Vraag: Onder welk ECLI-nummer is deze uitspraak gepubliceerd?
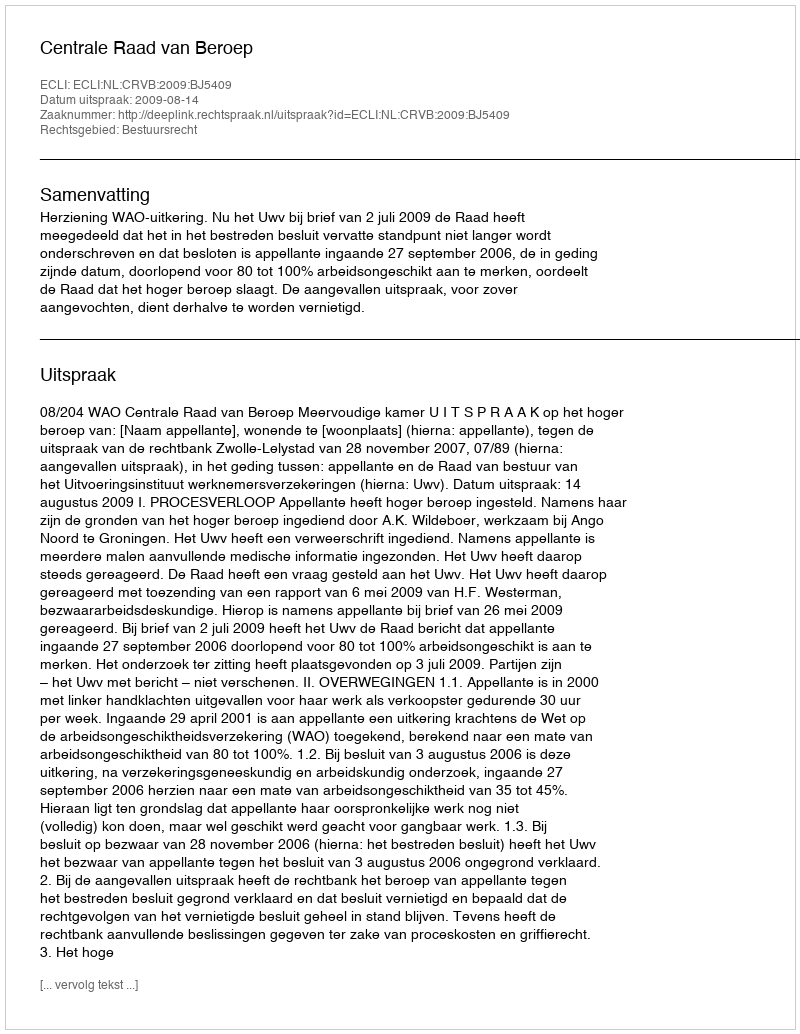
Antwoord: ECLI:NL:CRVB:2009:BJ5409